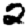
Digit: 2